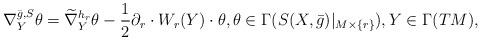
LaTeX: \begin{align*} \nabla_Y^{\bar{g},S}\theta=\widetilde{\nabla}^{h_r}_Y\theta-\frac 12\partial_r\cdot W_r(Y)\cdot\theta, \theta\in\Gamma(S(X,\bar{g})|_{M\times\{r\}}), Y\in\Gamma(TM), \end{align*}